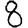
Digit: 8